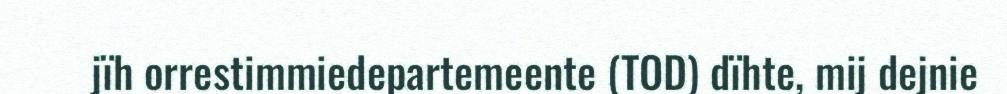
jïh orrestimmiedepartemeente (TOD) dïhte, mij dejnie